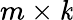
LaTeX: m\times\mathit{k}